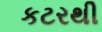
કટરથી